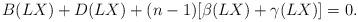
LaTeX: \begin{align*}B(LX)+D(LX)+(n-1)[\beta(LX)+\gamma(LX)]=0. \end{align*}